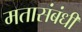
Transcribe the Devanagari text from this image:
मतासंबंधी